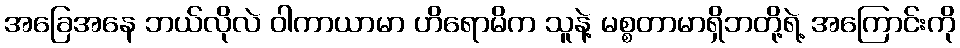
အခြေအနေ ဘယ်လိုလဲ ဝါကာယာမာ ဟိရောမိက သူနဲ့ မစ္စတာမာရှိဘတို့ရဲ့ အကြောင်းကို